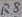
Text: R8